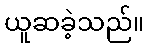
ယူဆခဲ့သည်။